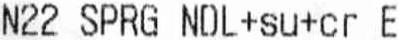
N22 SPRG NDL+SU+CR E